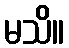
မသိ။